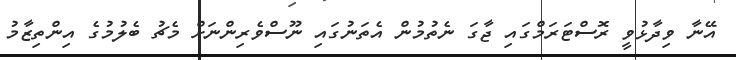
އޭނާ ވިދާޅުވީ ރޮސްޓަރަމްގައި ޖާގަ ނެތުމުން އެތަނުގައި ނޫސްވެރިންނަށް މެޗު ބެލުމުގެ އިންތިޒާމު